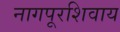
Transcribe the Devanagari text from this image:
नागपूरशिवाय